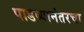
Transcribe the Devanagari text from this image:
पाडव्यानंतरचा